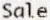
SALE